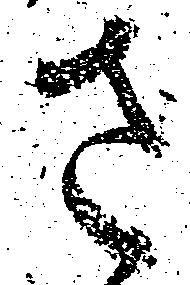
さ